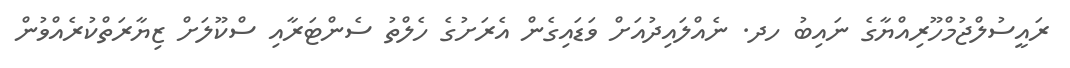
ރައީސުލްޖުމްހޫރިއްޔާގެ ނައިބު ހދ. ނެއްލައިދުއަށް ވަޑައިގެން އެރަށުގެ ހެލްތު ސެންޓަރާއި ސްކޫލަށް ޒިޔާރަތްކުރެއްވުން